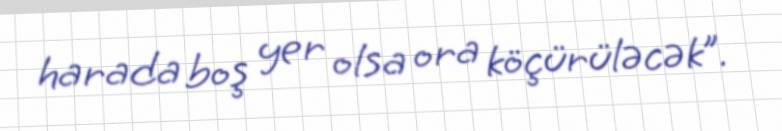
harada boş yer olsa ora köçürüləcək”.